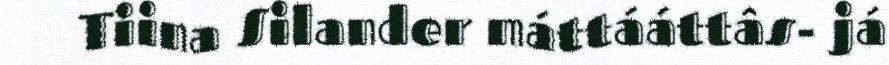
Tiina Silander máttááttâs- já